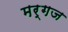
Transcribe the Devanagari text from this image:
मर्गज